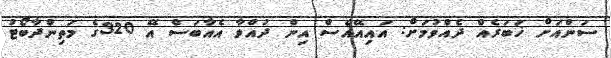
ސަންއަށް ޚަބަރެއް ދެއްވުމަށް: އައިއޭއެސް އިން ދުއްވާ އެއާބަސް އޭ 320ގެ މަތިންދާބޯޓު